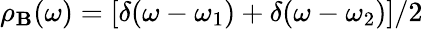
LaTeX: \rho_{\mathbf{B}}(\omega)=[\delta(\omega-\omega_{1})+\delta(\omega-\omega_{2})]/2